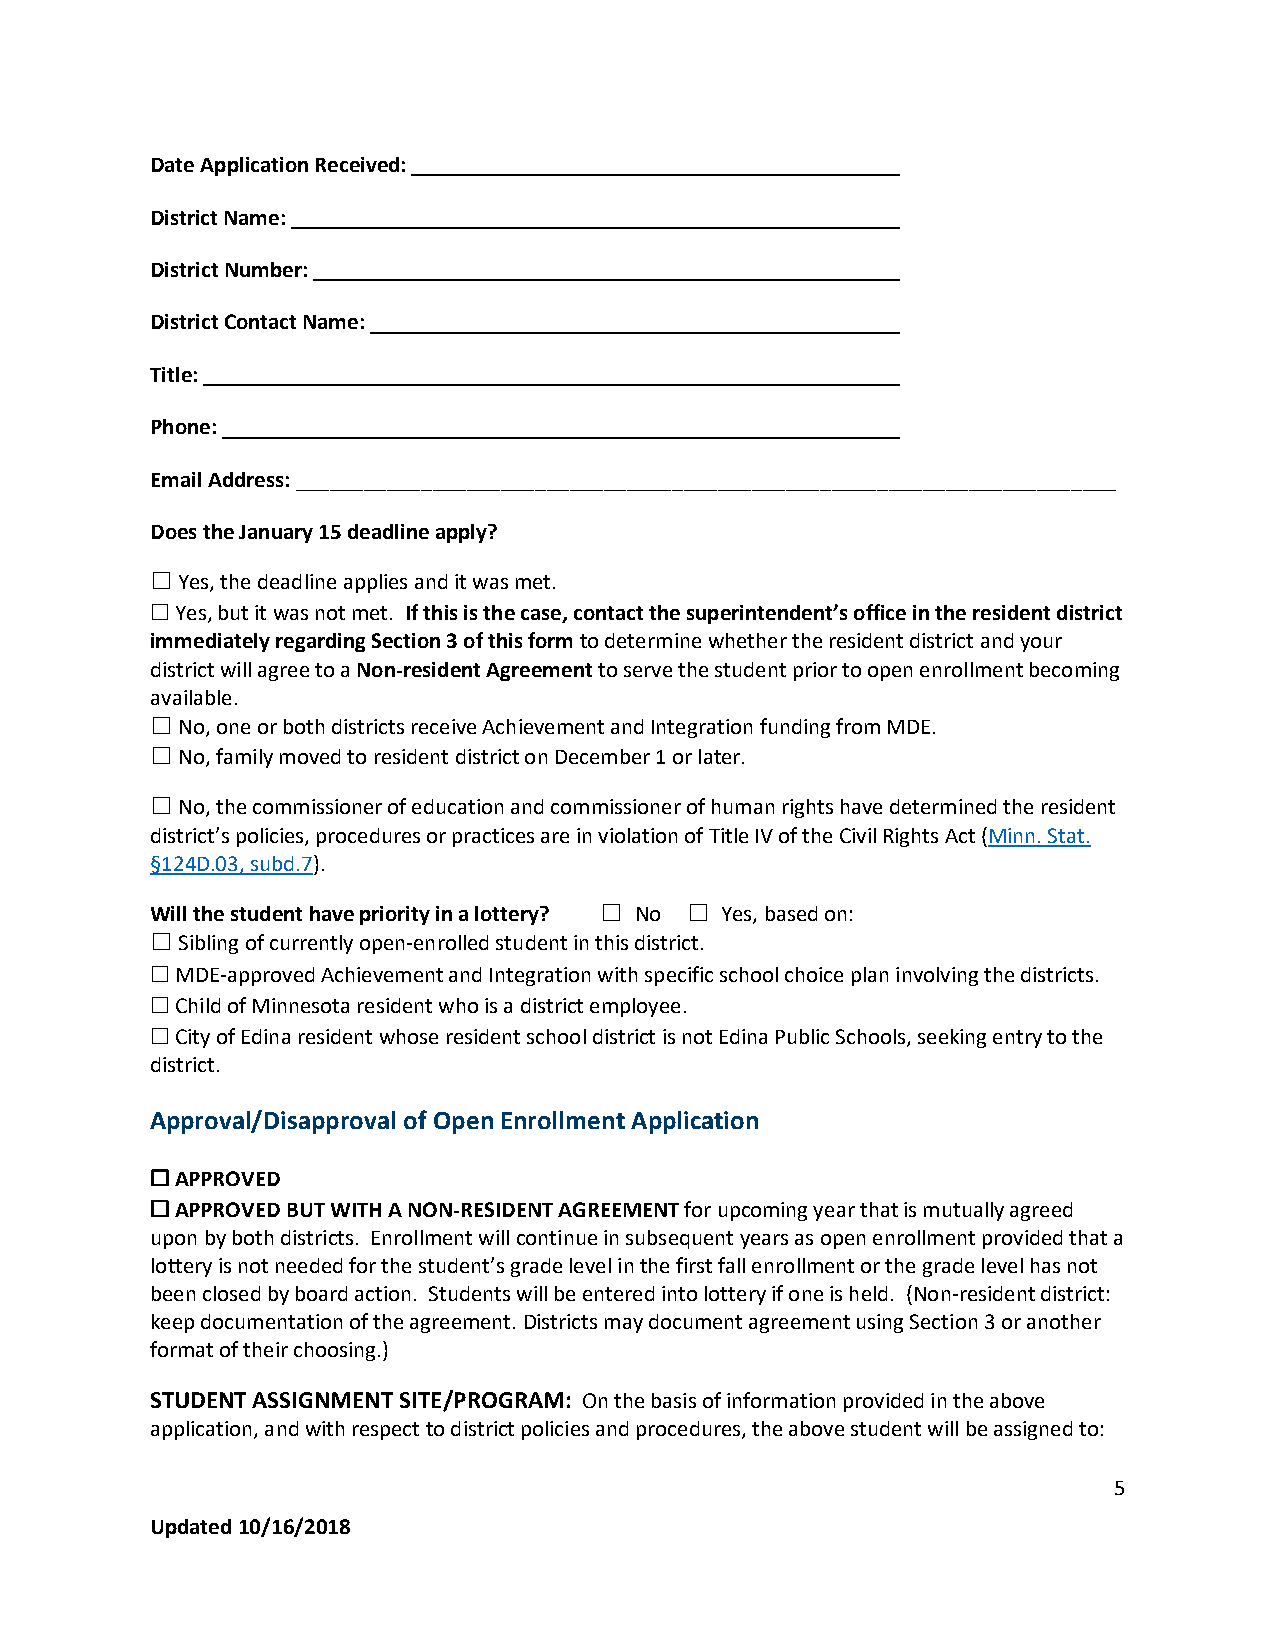
Date Application Received:
 District Name:
 District Number:
 District Contact Name:
 Title:
 Phone:
 Email Address: ________________________________________________________________________
 Does the January 15 deadline apply?
 ☐ Yes, the deadline applies and it was met.
 ☐ Yes, but it was not met. If this is the case, contact the superintendent’s office in the resident district
 immediately regarding Section 3 of this form to determine whether the resident district and your
 district will agree to a Non-resident Agreement to serve the student prior to open enrollment becoming
 available.
 ☐ No, one or both districts receive Achievement and Integration funding from MDE.
 ☐ No, family moved to resident district on December 1 or later.
 ☐ No, the commissioner of education and commissioner of human rights have determined the resident
 district’s policies, procedures or practices are in violation of Title IV of the Civil Rights Act (Minn. Stat.
 §124D.03, subd.7).
 Will the student have priority in a lottery? ☐ No ☐ Yes, based on:
 ☐ Sibling of currently open-enrolled student in this district.
 ☐ MDE-approved Achievement and Integration with specific school choice plan involving the districts.
 ☐ Child of Minnesota resident who is a district employee.
 ☐ City of Edina resident whose resident school district is not Edina Public Schools, seeking entry to the
 district.
 Approval/Disapproval of Open Enrollment Application
 ☐ APPROVED
 ☐ APPROVED BUT WITH A NON-RESIDENT AGREEMENT for upcoming year that is mutually agreed
 upon by both districts. Enrollment will continue in subsequent years as open enrollment provided that a
 lottery is not needed for the student’s grade level in the first fall enrollment or the grade level has not
 been closed by board action. Students will be entered into lottery if one is held. (Non-resident district:
 keep documentation of the agreement. Districts may document agreement using Section 3 or another
 format of their choosing.)
 STUDENT ASSIGNMENT SITE/PROGRAM: On the basis of information provided in the above
 application, and with respect to district policies and procedures, the above student will be assigned to:
 5
 Updated 10/16/2018